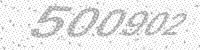
Solution: 500902